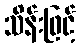
သိန်းဖြင့်